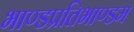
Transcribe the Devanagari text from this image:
भाण्डप्रतिभाण्डम